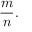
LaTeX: { \frac { m } { n } } .